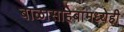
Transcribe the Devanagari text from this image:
बाळासाहेबांमध्येही